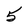
Character: 5